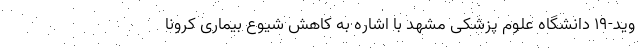
وید-۱۹ دانشگاه علوم پزشکی مشهد با اشاره به کاهش شیوع بیماری کرونا